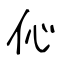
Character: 伈